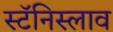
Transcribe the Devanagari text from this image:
स्टॅनिस्लाव